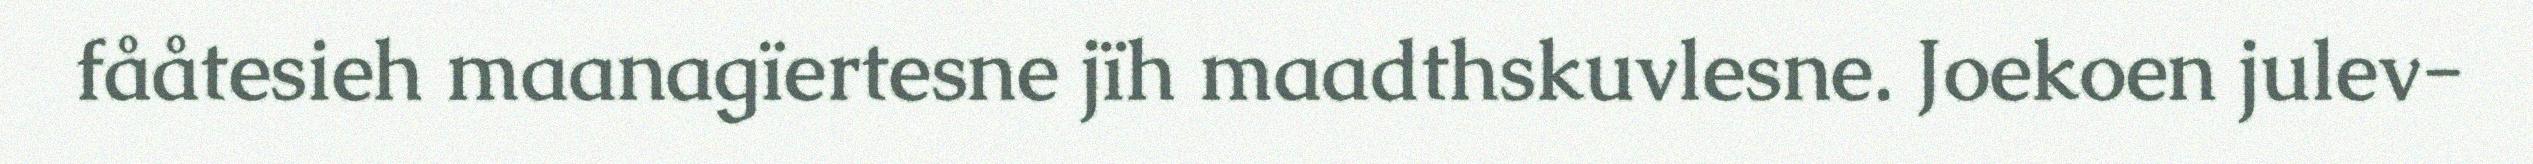
fååtesieh maanagïertesne jïh maadthskuvlesne. Joekoen julev-